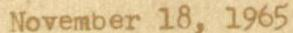
November 18, 1965